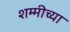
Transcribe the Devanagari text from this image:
शम्मीच्या